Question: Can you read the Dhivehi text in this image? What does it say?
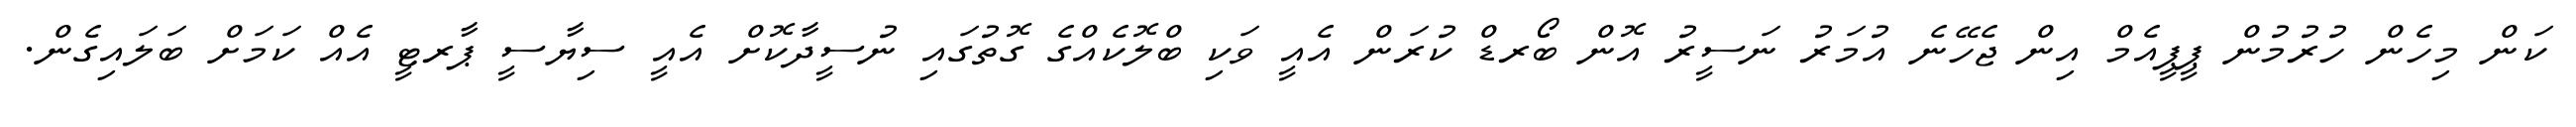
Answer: ކަން މިހެން ހުރުމުން ޕީޕީއެމް އިން ޖެހޭނެ އުމަރު ނަސީރު އޮން ބޯރޑް ކުރަން އެއީ ވަކި ބްލޮކެއްގެ ގޮތުގައި ނުސީދާކޮށް އެއީ ސިޔާސީ ޕާރޓީ އެއް ކަމަށް ބަލައިގެން.